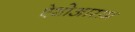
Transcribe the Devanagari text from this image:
ऐशोआराम